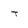
Character: T